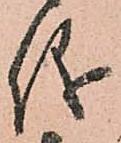
儀